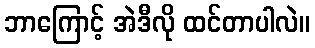
ဘာကြောင့် အဲဒီလို ထင်တာပါလဲ။